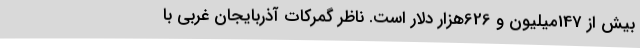
بیش از 147میلیون و 626هزار دلار است. ناظر گمرکات آذربایجان غربی با